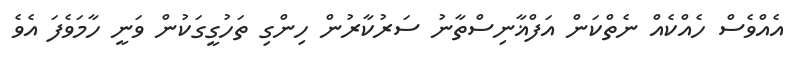
އެއްވެސް ހެއްކެއް ނެތްކަން އަފްޣާނިސްތާނު ސަރުކާރުން ހިންގި ތަހުގީގަކުން ވަނީ ހާމަވެފަ އެވެ